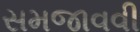
સમજાવવી